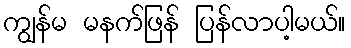
ကျွန်မ မနက်ဖြန် ပြန်လာပါ့မယ်။